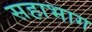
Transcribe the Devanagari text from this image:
सहाभाग